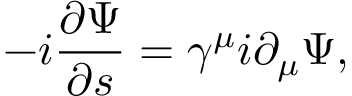
- i \frac { \partial \Psi } { \partial s } = \gamma ^ { \mu } i \partial _ { \mu } \Psi ,